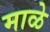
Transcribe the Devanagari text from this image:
माळे